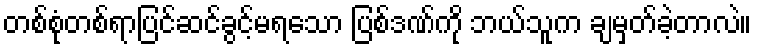
တစ်စုံတစ်ရာပြင်ဆင်ခွင့်မရသော ပြစ်ဒဏ်ကို ဘယ်သူက ချမှတ်ခဲ့တာလဲ။